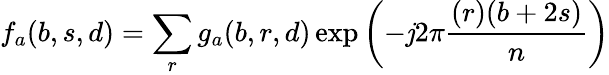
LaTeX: f_{a}(b,s,d)=\sum_{r}g_{a}(b,r,d)\exp\left(-\mathit{j}2\pi{\frac{{(r)(b+2s)}}{{n}}}\right)